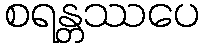
စရန္တဿပေ